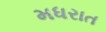
મધરાત